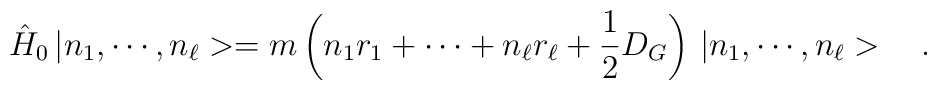
\hat{H}_0\,|n_1,\cdots,n_\ell>=m\left(n_1r_1+\cdots+n_\ell r_\ell+\frac{1}{2}D_G\right)\,|n_1,\cdots,n_\ell>\ \ \ .